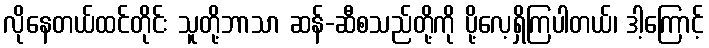
လိုနေတယ်ထင်တိုင်း သူတို့ဘာသာ ဆန်-ဆီစသည်တို့ကို ပို့လေ့ရှိကြပါတယ်၊ ဒါ့ကြောင့်